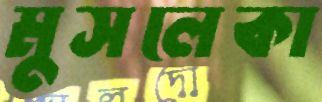
মুসলেকা